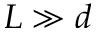
L \gg d